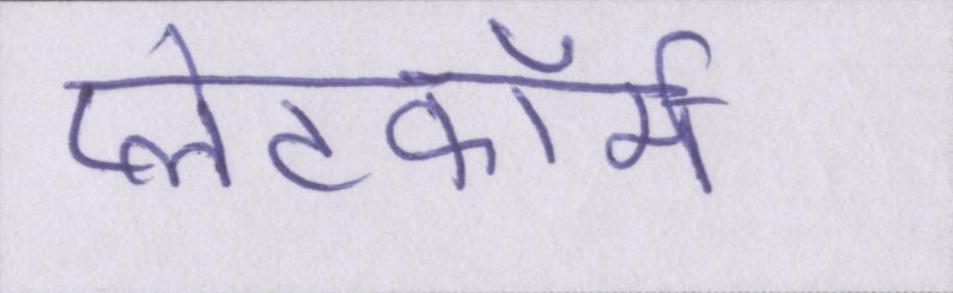
प्लेटफॉर्म